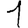
Digit: 1